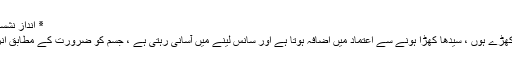
٭ انداز نشست و برخاست :
ہمیشہ سیدھے کھڑے ہوں ، سیدھا کھڑا ہونے سے اعتماد میں اضافہ ہوتا ہے اور سانس لینے میں آسانی رہتی ہے ، جسم کو ضرورت کے مطابق انرجی ملتی ہے ۔